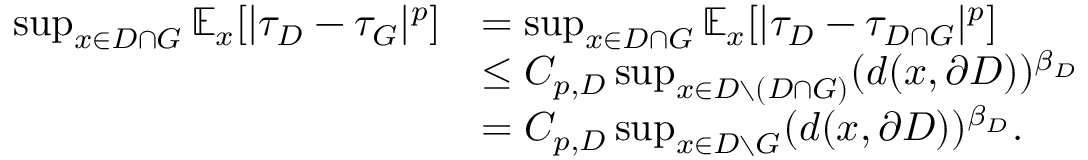
\begin{array} { r l } { \operatorname* { s u p } _ { x \in { D \cap G } } \mathbb { E } _ { x } [ | \tau _ { D } - \tau _ { G } | ^ { p } ] } & { = \operatorname* { s u p } _ { x \in { D \cap G } } \mathbb { E } _ { x } [ | \tau _ { D } - \tau _ { D \cap G } | ^ { p } ] } \\ & { \le C _ { p , D } \operatorname* { s u p } _ { x \in { D \setminus ( D \cap G ) } } ( d ( x , \partial D ) ) ^ { \beta _ { D } } } \\ & { = C _ { p , D } \operatorname* { s u p } _ { x \in D \setminus { G } } ( d ( x , \partial D ) ) ^ { \beta _ { D } } . } \end{array}